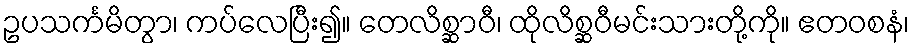
ဥပသင်္ကမိတွာ၊ ကပ်လေပြီး၍။ တေလိစ္ဆာဝီ၊ ထိုလိစ္ဆဝီမင်းသားတို့ကို။ ဧတဝစနံ၊